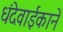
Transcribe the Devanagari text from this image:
धंदेवाईकानें